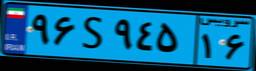
۱۱S۶۵۸۶۱